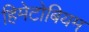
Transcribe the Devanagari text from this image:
हिमेटोबियम